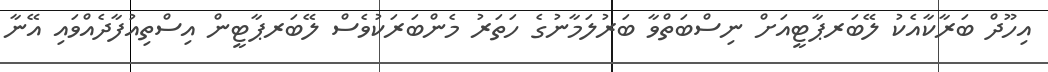
އިހޫދް ބަރާކާއެކު ލޭބަރޕާޓީއަށް ނިސްބަތްވާ ބަރުލަމާނުގެ ހަތަރު މެންބަރަކުވެސް ލޭބަރޕާޓީން އިސްތިއުފާދެއްވައި އޭނާ